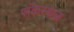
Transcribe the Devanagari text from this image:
संकेस्थळ